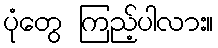
ပုံတွေ ကြည့်ပါလား။